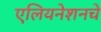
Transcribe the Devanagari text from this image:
एलियनेशनचे